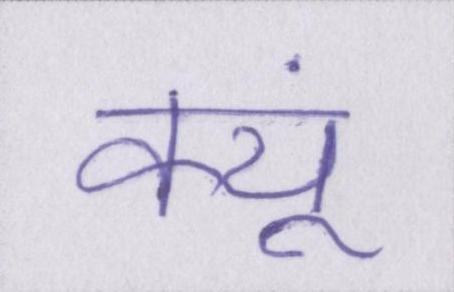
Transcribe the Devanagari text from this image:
क्यूं